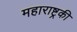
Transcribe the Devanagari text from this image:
महाराष्ट्रकी